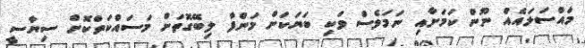
މައްސަލައެއް ނޫން ކަމަށާއި ނަމަވެސް ވަކި ބަޔަކަށް މަންފާ ލިބޭގޮތަށް މަސައްކަތްކޮށް ސިޔާސީ